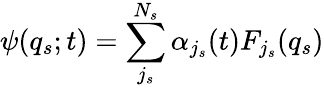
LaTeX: \psi(q_{s};t)=\sum_{j_{s}}^{N_{s}}\alpha_{j_{s}}(t)F_{j_{s}}(q_{s})